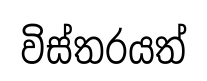
විස්තරයත්